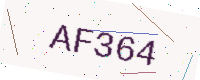
Text: AF364